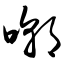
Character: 嘲